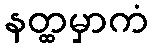
နတ္ထမှာကံ